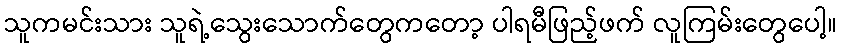
သူကမင်းသား သူရဲ့သွေးသောက်တွေကတော့ ပါရမီဖြည့်ဖက် လူကြမ်းတွေပေါ့။